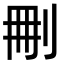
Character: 𠜂